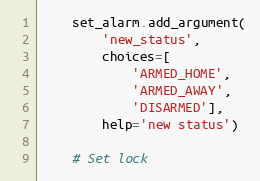
Language: Python
    set_alarm.add_argument(
        'new_status',
        choices=[
            'ARMED_HOME',
            'ARMED_AWAY',
            'DISARMED'],
        help='new status')

    # Set lock